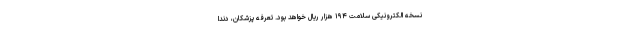
نسخه الکترونیکی سلامت ۱۹۴ هزار ریال خواهد بود. تعرفه پزشکان، دندا